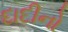
દાદીનો